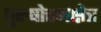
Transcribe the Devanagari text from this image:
पुरुषोत्तमक्षेत्र